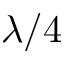
\lambda / 4